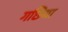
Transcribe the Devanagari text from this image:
गछिया